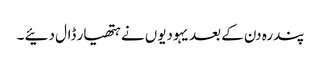
پندرہ دن کے بعد یہودیوں نے ہتھیار ڈال دئیے ۔